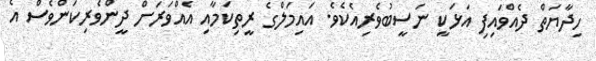
ހިދާޔަތް ދެއްވައިފި އަޅަކީ ނަސީބުވެރިއެކެވެ. އައިމަލްގެ ރީތިކަމާއި އެއްވަރަށް ދީންވެރިކަންވެސް އެ